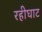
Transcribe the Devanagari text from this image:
रहीघाट